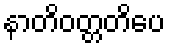
နာတိဝတ္တတိပေ